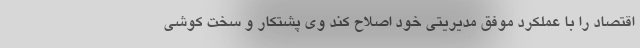
اقتصاد را با عملکرد موفق مدیریتی خود اصلاح کند وی پشتکار و سخت کوشی